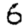
Digit: 6